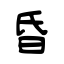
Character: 昏